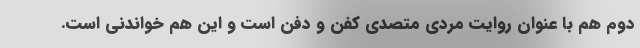
دوم هم با عنوان روایت مردی متصدی کفن و دفن است و این هم خواندنی است.